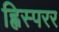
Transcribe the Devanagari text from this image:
ह्विस्परर